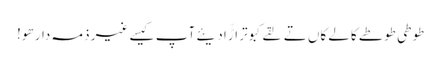
طوطی طوطے کالے کاں تے لقے کبوتر اڑّا دیئے آپ کیسے غیر ذمہ دار ھو!